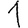
Digit: 1